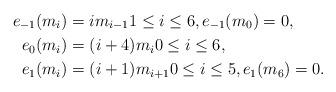
LaTeX: \begin{align*}e_{-1}(m_i)&=im_{i-1} 1 \leq i \leq 6, e_{-1}(m_0) = 0, \\e_0(m_i)&=(i+4)m_i 0 \leq i \leq 6, \\e_1(m_i)&=(i+1)m_{i+1} 0 \leq i \leq 5, e_1(m_6) = 0.\end{align*}